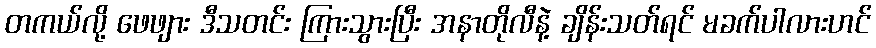
တကယ်လို့ ဖေဖျား ဒီသတင်း ကြားသွားပြီး အနာတိုလီနဲ့ ချိန်းသတ်ရင် မခက်ပါလားဟင်